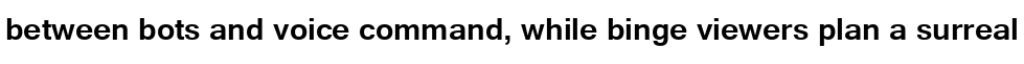
between bots and voice command, while binge viewers plan a surreal